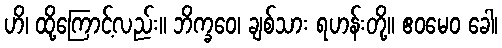
ဟိ၊ ထို့ကြောင့်လည်း။ ဘိက္ခဝေ၊ ချစ်သား ရဟန်းတို့။ ဧဝမေဝ ခေါ၊